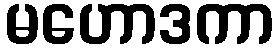
မဟောဒကာ